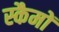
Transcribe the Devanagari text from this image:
स्कैमों